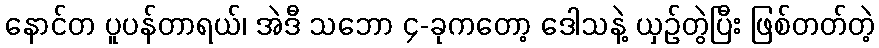
နောင်တ ပူပန်တာရယ်၊ အဲဒီ သဘော ၄-ခုကတော့ ဒေါသနဲ့ ယှဉ်တွဲပြီး ဖြစ်တတ်တဲ့